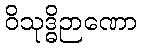
ဝိသုဒ္ဓိဉာဏော